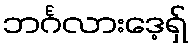
ဘင်္ဂလားဒေ့ရှ်